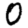
Digit: 0